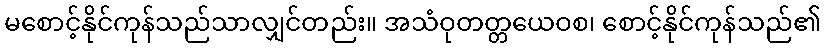
မစောင့်နိုင်ကုန်သည်သာလျှင်တည်း။ အသံဝုတတ္တယေဝစ၊ စောင့်နိုင်ကုန်သည်၏